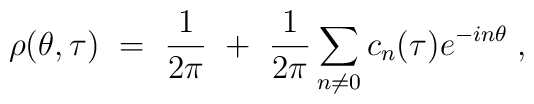
\rho(\theta,\tau)~=~\frac{1}{2\pi}~+~\frac{1}{2\pi}\sum_{n \neq 0} c_n(\tau) e^{-in\theta} \; ,